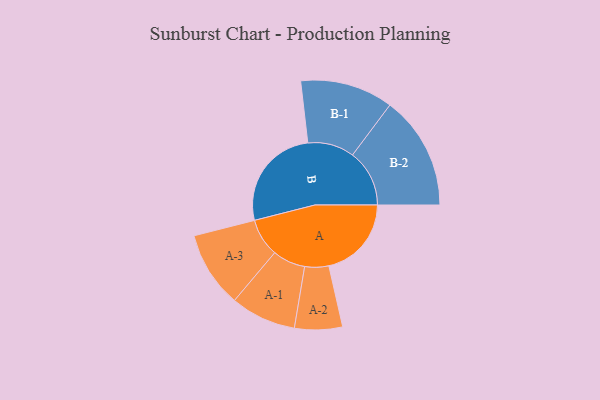
{"axis": {"x": "Segment", "y": "Value"}, "legend": ["", "A", "B"], "data": [{"x": "A", "y": 373, "type": ""}, {"x": "B", "y": 472, "type": ""}, {"x": "A-1", "y": 148, "type": "A"}, {"x": "A-2", "y": 108, "type": "A"}, {"x": "A-3", "y": 172, "type": "A"}, {"x": "B-1", "y": 210, "type": "B"}, {"x": "B-2", "y": 257, "type": "B"}]}